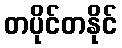
တပိုင်တနိုင်